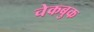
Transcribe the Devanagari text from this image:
चेकबुक